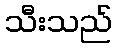
သီးသည်